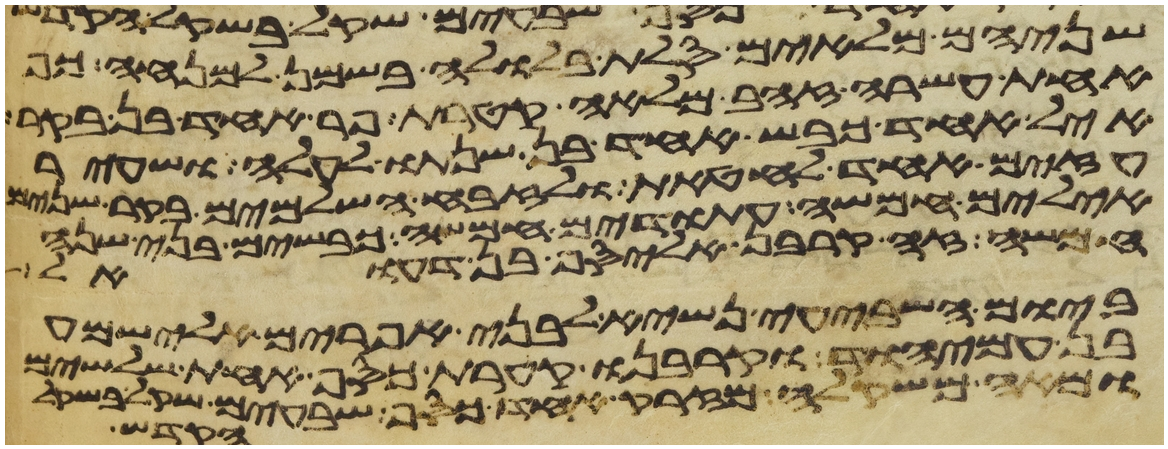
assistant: שניהם מלאים סלת בלולה בשמן למנחה כף
אחת עשרה זהב מלאה קטרת פר אחד בן בקר
איל אחד כבש אחד בן שנתו לעלה ושעיר
עזים אחד לחטאת ולזבח השלמים בקר שנים
אילים חמשה עתודים חמשה כבשים בני שנה
חמשה זה קרבן אליסף בן דעואל
ביום השביעי נשיא לבני אפרים אלישמע
בן עמיהוד וקרבנו קערת כסף אחת שלשים
ומאה משקלה מזרק אחד כסף שבעים שקל בשקל